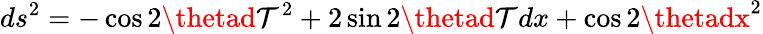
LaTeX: ds^{2}=-\cos2\thetad\mathcal{T}^{2}+2\sin2\thetad\mathcal{T}dx+\cos2\thetadx^{2}